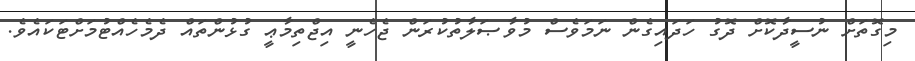
މިގޮތަށް ނުސީދާކޮށް ދޮގު ހަދައިގެން ނަމަވެސް މުވާޞަލާތުކުރަން ޖެހެނީ އިޖްތިމާޢީ ގުޅުންތައް ދެމެހެއްޓުމަށްޓަކައެވެ.